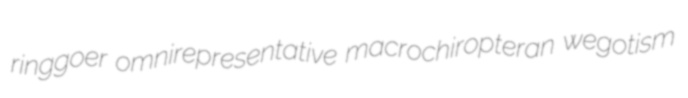
ringgoer omnirepresentative macrochiropteran wegotism